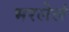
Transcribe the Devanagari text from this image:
भरलेलं